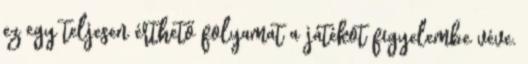
ez egy teljesen érthető folyamat a játékot figyelembe véve.